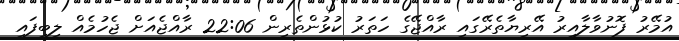
އުމޭރު ފޮނުވާލާއިރު އޭރިޔާތެރޭގައި ރާއްޖޭގެ ހަތަރު ކުޅުންތެރިން 22:06 ރާއްޖެއަށް ޖެހުމެއް ލިބިފައި